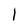
Character: 1